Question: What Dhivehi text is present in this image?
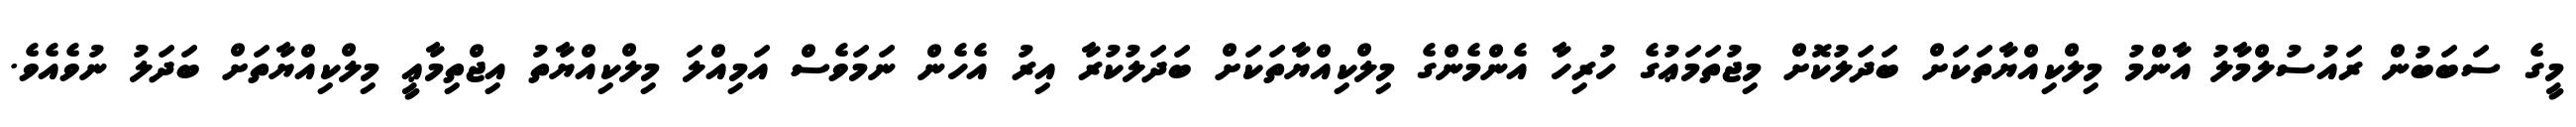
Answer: މީގެ ސަބަބުން ރައުސުލްމާލު އާންމު މިލްކިއްޔާތަކަށް ބަދަލުކޮށް މިޖުތަމަޢުގެ ހުރިހާ އެންމެންގެ މިލްކިއްޔާތަކަށް ބަދަލުކުރާ އިރު އެހެން ނަމަވެސް އަމިއްލަ މިލްކިއްޔާތު އިޖްތިމާޢީ މިލްކިއްޔާތަށް ބަދަލު ނުވެއެވެ.